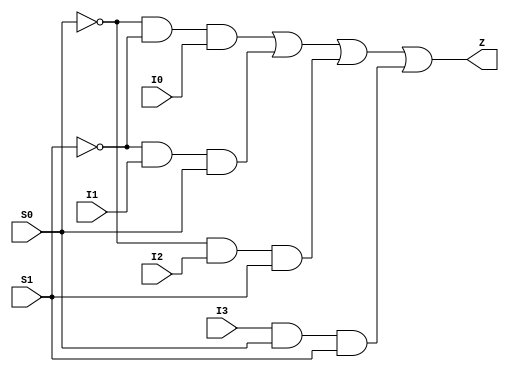
// Copyright 2022 GlobalFoundries PDK Authors
//
// Licensed under the Apache License, Version 2.0 (the "License");
// you may not use this file except in compliance with the License.
// You may obtain a copy of the License at
//
//      http://www.apache.org/licenses/LICENSE-2.0
//
// Unless required by applicable law or agreed to in writing, software
// distributed under the License is distributed on an "AS IS" BASIS,
// WITHOUT WARRANTIES OR CONDITIONS OF ANY KIND, either express or implied.
// See the License for the specific language governing permissions and
// limitations under the License.

module gf180mcu_fd_sc_mcu9t5v0__mux4_4( I2, S0, I3, Z, S1, I1, I0 );
input I0, I1, I2, I3, S0, S1;
output Z;

	wire S0_inv_for_gf180mcu_fd_sc_mcu9t5v0__mux4_4;

	not MGM_BG_0( S0_inv_for_gf180mcu_fd_sc_mcu9t5v0__mux4_4, S0 );

	wire S1_inv_for_gf180mcu_fd_sc_mcu9t5v0__mux4_4;

	not MGM_BG_1( S1_inv_for_gf180mcu_fd_sc_mcu9t5v0__mux4_4, S1 );

	wire Z_row1;

	and MGM_BG_2( Z_row1, S0_inv_for_gf180mcu_fd_sc_mcu9t5v0__mux4_4, S1_inv_for_gf180mcu_fd_sc_mcu9t5v0__mux4_4, I0 );

	wire Z_row2;

	and MGM_BG_3( Z_row2, S1_inv_for_gf180mcu_fd_sc_mcu9t5v0__mux4_4, I1, S0 );

	wire Z_row3;

	and MGM_BG_4( Z_row3, S0_inv_for_gf180mcu_fd_sc_mcu9t5v0__mux4_4, I2, S1 );

	wire Z_row4;

	and MGM_BG_5( Z_row4, I3, S0, S1 );

	or MGM_BG_6( Z, Z_row1, Z_row2, Z_row3, Z_row4 );

endmodule